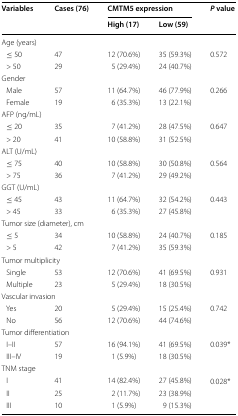
<table><thead><tr><td rowspan="2"><b>Variables</b></td><td rowspan="2"><b>Cases (76)</b></td><td colspan="2"><b>CMTM5 expression</b></td><td rowspan="2"><b><i>P</i> value</b></td></tr><tr><td><b>High (17)</b></td><td><b>Low (59)</b></td></tr></thead><tbody><tr><td colspan="5">Age (years)</td></tr><tr><td> ≤ 50</td><td>47</td><td>12 (70.6%)</td><td>35 (59.3%)</td><td rowspan="2">0.572</td></tr><tr><td> &gt; 50</td><td>29</td><td>5 (29.4%)</td><td>24 (40.7%)</td></tr><tr><td colspan="5">Gender</td></tr><tr><td> Male</td><td>57</td><td>11 (64.7%)</td><td>46 (77.9%)</td><td rowspan="2">0.266</td></tr><tr><td> Female</td><td>19</td><td>6 (35.3%)</td><td>13 (22.1%)</td></tr><tr><td colspan="5">AFP (ng/mL)</td></tr><tr><td> ≤ 20</td><td>35</td><td>7 (41.2%)</td><td>28 (47.5%)</td><td rowspan="2">0.647</td></tr><tr><td> &gt; 20</td><td>41</td><td>10 (58.8%)</td><td>31 (52.5%)</td></tr><tr><td colspan="5">ALT (U/mL)</td></tr><tr><td> ≤ 75</td><td>40</td><td>10 (58.8%)</td><td>30 (50.8%)</td><td rowspan="2">0.564</td></tr><tr><td> &gt; 75</td><td>36</td><td>7 (41.2%)</td><td>29 (49.2%)</td></tr><tr><td colspan="5">GGT (U/mL)</td></tr><tr><td> ≤ 45</td><td>43</td><td>11 (64.7%)</td><td>32 (54.2%)</td><td rowspan="2">0.443</td></tr><tr><td> &gt; 45</td><td>33</td><td>6 (35.3%)</td><td>27 (45.8%)</td></tr><tr><td colspan="5">Tumor size (diameter), cm</td></tr><tr><td> ≤ 5</td><td>34</td><td>10 (58.8%)</td><td>24 (40.7%)</td><td rowspan="2">0.185</td></tr><tr><td> &gt; 5</td><td>42</td><td>7 (41.2%)</td><td>35 (59.3%)</td></tr><tr><td colspan="5">Tumor multiplicity</td></tr><tr><td> Single</td><td>53</td><td>12 (70.6%)</td><td>41 (69.5%)</td><td rowspan="2">0.931</td></tr><tr><td> Multiple</td><td>23</td><td>5 (29.4%)</td><td>18 (30.5%)</td></tr><tr><td colspan="5">Vascular invasion</td></tr><tr><td> Yes</td><td>20</td><td>5 (29.4%)</td><td>15 (25.4%)</td><td rowspan="2">0.742</td></tr><tr><td> No</td><td>56</td><td>12 (70.6%)</td><td>44 (74.6%)</td></tr><tr><td colspan="5">Tumor differentiation</td></tr><tr><td> I–II</td><td>57</td><td>16 (94.1%)</td><td>41 (69.5%)</td><td rowspan="2">0.039*</td></tr><tr><td> III–IV</td><td>19</td><td>1 (5.9%)</td><td>18 (30.5%)</td></tr><tr><td colspan="5">TNM stage</td></tr><tr><td> I</td><td>41</td><td>14 (82.4%)</td><td>27 (45.8%)</td><td rowspan="3">0.028*</td></tr><tr><td> II</td><td>25</td><td>2 (11.7%)</td><td>23 (38.9%)</td></tr><tr><td> III</td><td>10</td><td>1 (5.9%)</td><td>9 (15.3%)</td></tr></tbody></table>